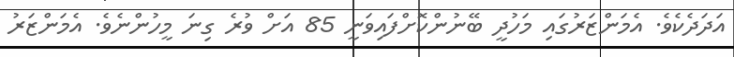
އަދަދެކެވެ. އެމަންޒަރުގައި މަހުދީ ބޭނުންކޮށްފައިވަނީ 85 އަށް ވުރެ ގިނަ މީހުންނެވެ. އެމަންޒަރު